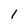
Character: l